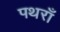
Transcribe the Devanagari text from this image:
पथराँ